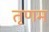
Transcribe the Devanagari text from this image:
तृणम